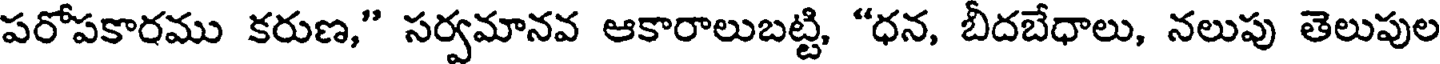
పరోపకారము కరుణ," సర్వమానవ ఆకారాలుబట్టి, "ధన, బీదబేధాలు, నలుపు తెలుపుల